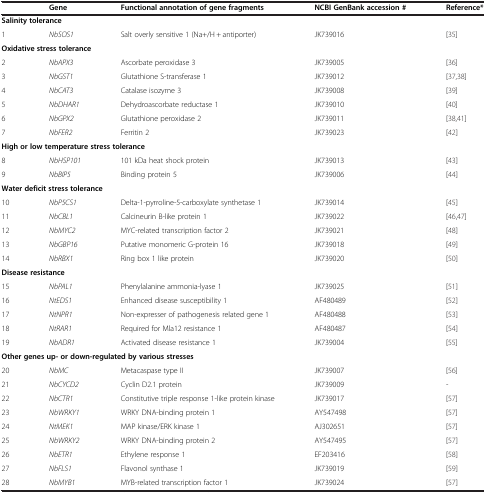
<table><thead><tr><td><b> </b></td><td><b>Gene</b></td><td><b>Functional annotation of gene fragments</b></td><td><b>NCBI GenBank accession #</b></td><td><b>Reference*</b></td></tr></thead><tbody><tr><td colspan="5"><b>Salinity tolerance</b></td></tr><tr><td>1</td><td><i>NbSOS1</i></td><td>Salt overly sensitive 1 (Na+/H + antiporter)</td><td>JK739016</td><td>[35]</td></tr><tr><td colspan="5"><b>Oxidative stress tolerance</b></td></tr><tr><td>2</td><td><i>NbAPX3</i></td><td>Ascorbate peroxidase 3</td><td>JK739005</td><td>[36]</td></tr><tr><td>3</td><td><i>NbGST1</i></td><td>Glutathione S-transferase 1</td><td>JK739012</td><td>[37,38]</td></tr><tr><td>4</td><td><i>NbCAT3</i></td><td>Catalase isozyme 3</td><td>JK739008</td><td>[39]</td></tr><tr><td>5</td><td><i>NbDHAR1</i></td><td>Dehydroascorbate reductase 1</td><td>JK739010</td><td>[40]</td></tr><tr><td>6</td><td><i>NbGPX2</i></td><td>Glutathione peroxidase 2</td><td>JK739011</td><td>[38,41]</td></tr><tr><td>7</td><td><i>NbFER2</i></td><td>Ferritin 2</td><td>JK739023</td><td>[42]</td></tr><tr><td colspan="5"><b>High or low temperature stress tolerance</b></td></tr><tr><td>8</td><td><i>NbHSP101</i></td><td>101 kDa heat shock protein</td><td>JK739013</td><td>[43]</td></tr><tr><td>9</td><td><i>NbBIP5</i></td><td>Binding protein 5</td><td>JK739006</td><td>[44]</td></tr><tr><td colspan="5"><b>Water deficit stress tolerance</b></td></tr><tr><td>10</td><td><i>NbP5CS1</i></td><td>Delta-1-pyrroline-5-carboxylate synthetase 1</td><td>JK739014</td><td>[45]</td></tr><tr><td>11</td><td><i>NbCBL1</i></td><td>Calcineurin B-like protein 1</td><td>JK739022</td><td>[46,47]</td></tr><tr><td>12</td><td><i>NbMYC2</i></td><td>MYC-related transcription factor 2</td><td>JK739021</td><td>[48]</td></tr><tr><td>13</td><td><i>NbGBP16</i></td><td>Putative monomeric G-protein 16</td><td>JK739018</td><td>[49]</td></tr><tr><td>14</td><td><i>NbRBX1</i></td><td>Ring box 1 like protein</td><td>JK739020</td><td>[50]</td></tr><tr><td colspan="5"><b>Disease resistance</b></td></tr><tr><td>15</td><td><i>NbPAL1</i></td><td>Phenylalanine ammonia-lyase 1</td><td>JK739025</td><td>[51]</td></tr><tr><td>16</td><td><i>NtEDS1</i></td><td>Enhanced disease susceptibility 1</td><td>AF480489</td><td>[52]</td></tr><tr><td>17</td><td><i>NtNPR1</i></td><td>Non-expresser of pathogenesis related gene 1</td><td>AF480488</td><td>[53]</td></tr><tr><td>18</td><td><i>NtRAR1</i></td><td>Required for Mla12 resistance 1</td><td>AF480487</td><td>[54]</td></tr><tr><td>19</td><td><i>NbADR1</i></td><td>Activated disease resistance 1</td><td>JK739004</td><td>[55]</td></tr><tr><td colspan="5"><b>Other genes up- or down-regulated by various stresses</b></td></tr><tr><td>20</td><td><i>NbMC</i></td><td>Metacaspase type II</td><td>JK739007</td><td>[56]</td></tr><tr><td>21</td><td><i>NbCYCD2</i></td><td>Cyclin D2.1 protein</td><td>JK739009</td><td>-</td></tr><tr><td>22</td><td><i>NbCTR1</i></td><td>Constitutive triple response 1-like protein kinase</td><td>JK739017</td><td>[57]</td></tr><tr><td>23</td><td><i>NbWRKY1</i></td><td>WRKY DNA-binding protein 1</td><td>AY547498</td><td>[57]</td></tr><tr><td>24</td><td><i>NtMEK1</i></td><td>MAP kinase/ERK kinase 1</td><td>AJ302651</td><td>[57]</td></tr><tr><td>25</td><td><i>NbWRKY2</i></td><td>WRKY DNA-binding protein 2</td><td>AY547495</td><td>[57]</td></tr><tr><td>26</td><td><i>NbETR1</i></td><td>Ethylene response 1</td><td>EF203416</td><td>[58]</td></tr><tr><td>27</td><td><i>NbFLS1</i></td><td>Flavonol synthase 1</td><td>JK739019</td><td>[59]</td></tr><tr><td>28</td><td><i>NbMYB1</i></td><td>MYB-related transcription factor 1</td><td>JK739024</td><td>[57]</td></tr></tbody></table>